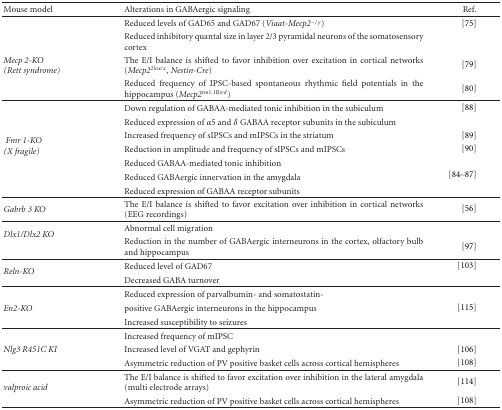
<table><thead><tr><td><b>Mouse model</b></td><td><b>Alterations in GABAergic signaling</b></td><td><b>Ref.</b></td></tr></thead><tbody><tr><td></td><td>Reduced levels of GAD65 and GAD67 (<i>Viaat-Mecp2<sup>−/y</sup></i>)</td><td>[75]</td></tr><tr><td></td><td>Reduced inhibitory quantal size in layer 2/3 pyramidal neurons of the somatosensory cortex</td><td></td></tr><tr><td><i>Mecp 2-KO</i><i>(Rett syndrome)</i></td><td>The E/I balance is shifted to favor inhibition over excitation in cortical networks (<i>Mecp2<sup>2lox/x</sup>, Nestin-Cre</i>)</td><td>[79]</td></tr><tr><td></td><td>Reduced frequency of IPSC-based spontaneous rhythmic field potentials in the hippocampus (<i>Mecp2<sup>tm1.1Bird</sup></i>)</td><td>[80] </td></tr><tr><td rowspan="7"><i> Fmr 1-KO </i><i>(X fragile) </i></td><td>Down regulation of GABAA-mediated tonic inhibition in the subiculum</td><td>[88]</td></tr><tr><td>Reduced expression of <i>α</i>5 and <i>δ</i> GABAA receptor subunits in the subiculum</td><td></td></tr><tr><td>Increased frequency of sIPSCs and mIPSCs in the striatum</td><td>[89]</td></tr><tr><td>Reduction in amplitude and frequency of sIPSCs and mIPSCs</td><td>[90]</td></tr><tr><td>Reduced GABAA-mediated tonic inhibition</td><td rowspan="3">[84–87]</td></tr><tr><td>Reduced GABAergic innervation in the amygdala</td></tr><tr><td>Reduced expression of GABAA receptor subunits</td></tr><tr><td><i>Gabrb 3 KO</i></td><td>The E/I balance is shifted to favor excitation over inhibition in cortical networks (EEG recordings)</td><td>[56]</td></tr><tr><td rowspan="2"><i>Dlx1/Dlx2 KO</i></td><td>Abnormal cell migration</td><td></td></tr><tr><td>Reduction in the number of GABAergic interneurons in the cortex, olfactory bulb and hippocampus</td><td>[97] </td></tr><tr><td rowspan="2"><i>Reln-KO</i></td><td>Reduced level of GAD67</td><td>[103]</td></tr><tr><td>Decreased GABA turnover</td><td></td></tr><tr><td></td><td>Reduced expression of parvalbumin- and somatostatin-</td><td></td></tr><tr><td><i>En2-KO</i></td><td>positive GABAergic interneurons in the hippocampus</td><td> [115]</td></tr><tr><td></td><td>Increased susceptibility to seizures</td><td></td></tr><tr><td></td><td>Increased frequency of mIPSC</td><td></td></tr><tr><td><i>Nlg3 R451C KI</i></td><td>Increased level of VGAT and gephyrin</td><td>[106]</td></tr><tr><td></td><td>Asymmetric reduction of PV positive basket cells across cortical hemispheres</td><td>[108]</td></tr><tr><td rowspan="2"><i>valproic acid </i></td><td>The E/I balance is shifted to favor excitation over inhibition in the lateral amygdala (multi electrode arrays)</td><td>[114]</td></tr><tr><td>Asymmetric reduction of PV positive basket cells across cortical hemispheres</td><td>[108]</td></tr></tbody></table>